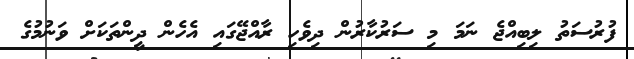
ފުރުސަތު ލިބިއްޖެ ނަމަ މި ސަރުކާރުން ދިވެހި ރާއްޖޭގައި އެހެން ދީންތަކަށް ވަނުމުގެ